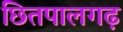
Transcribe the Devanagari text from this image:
छितपालगढ़